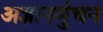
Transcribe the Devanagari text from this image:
अज्ञानमुंचन